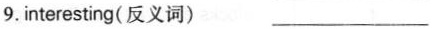
9. interesting(反义词) ___